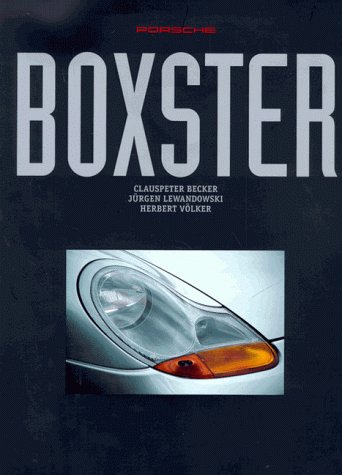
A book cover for Porsche Boxster; Clauspeter Becker; Engineering & Transportation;